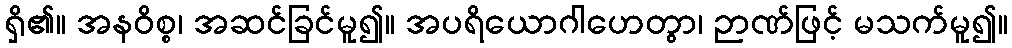
ရှိ၏။ အနဝိစ္စ၊ အဆင်ခြင်မူ၍။ အပရိယောဂါဟေတွာ၊ ဉာဏ်ဖြင့် မသက်မူ၍။